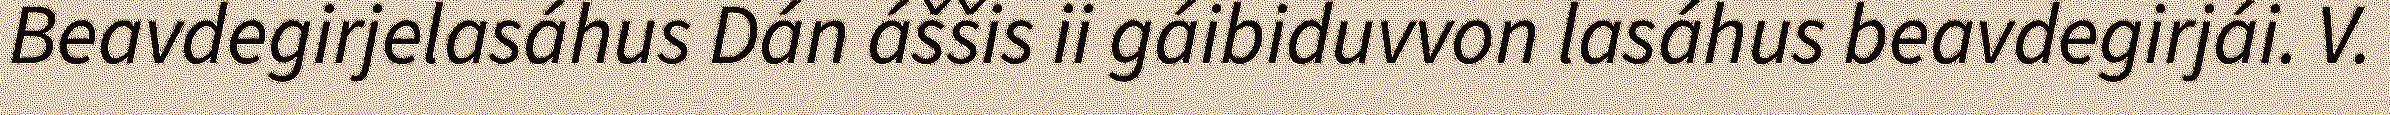
Beavdegirjelasáhus Dán áššis ii gáibiduvvon lasáhus beavdegirjái. V.